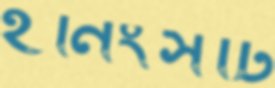
ইনিংসটি